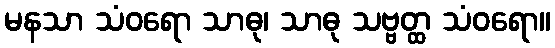
မနသာ သံဝရော သာဓု၊ သာဓု သဗ္ဗတ္ထ သံဝရော။